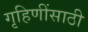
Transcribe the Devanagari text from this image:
गृहिणींसाठी